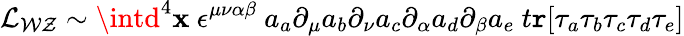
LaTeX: {\cal{L}_{WZ}}\sim\intd^{4}\mathbf{x}~\epsilon^{\mu\nu\alpha\beta}~a_{a}\partial_{\mu}a_{b}\partial_{\nu}a_{c}\partial_{\alpha}a_{d}\partial_{\beta}a_{e}~t\mathtt{r}[\tau_{a}\tau_{b}\tau_{c}\tau_{d}\tau_{e}]